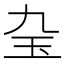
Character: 𤣬